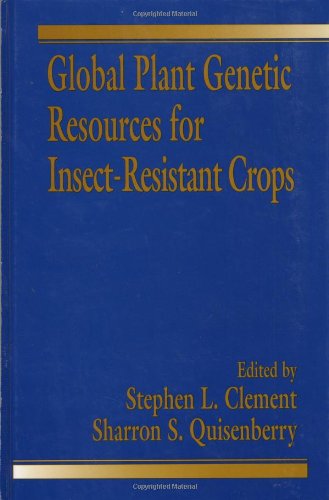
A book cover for Global Plant Genetic Resources for Insect-Resistant Crops; Stephen L. Clement; Science & Math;